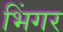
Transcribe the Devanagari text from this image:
भिंगर